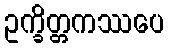
ဥက္ခိတ္တကဿပေ